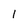
Character: 1